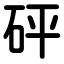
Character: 砰